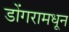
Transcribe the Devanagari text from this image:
डोंगरामधून